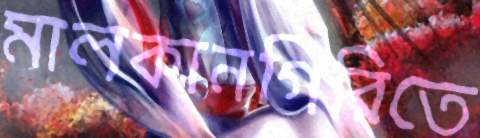
মালকানগিরিতে